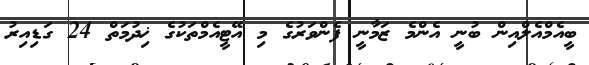
ބީއެމްއެލްއިން ބުނީ އެންމެ ޒަމާނީ ފެންވަރުގެ މި އޭޓީއެމްތަކުގެ ޚިދުމަތް 24 ގަޑިއިރު